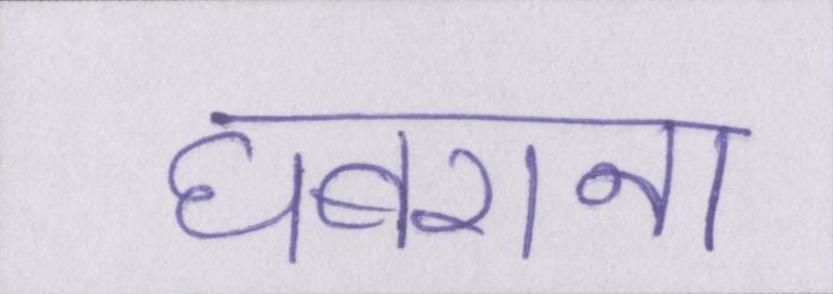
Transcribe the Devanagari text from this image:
घबराना